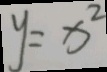
y = x ^ { 2 }